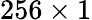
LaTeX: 256\times 1